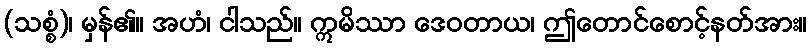
(သစ္စံ)၊ မှန်၏။ အဟံ၊ ငါသည်။ ဣမိဿာ ဒေဝတာယ၊ ဤတောင်စောင့်နတ်အား။